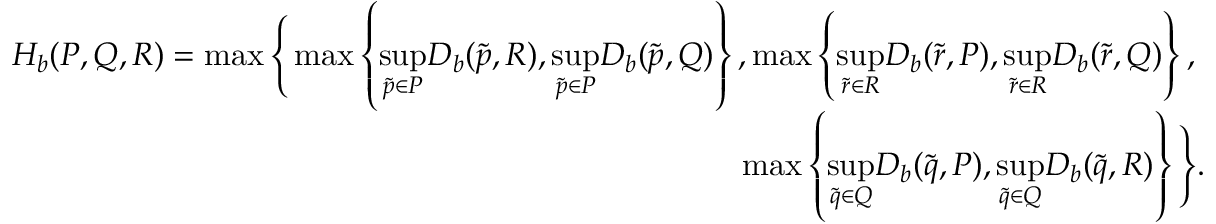
\begin{array} { r } { H _ { b } ( P , Q , R ) = \operatorname* { m a x } \Bigg \{ \operatorname* { m a x } \left\{ \underset { \Tilde { p } \in P } { \operatorname* { s u p } } D _ { b } ( \Tilde { p } , R ) , \underset { \Tilde { p } \in P } { \operatorname* { s u p } } D _ { b } ( \Tilde { p } , Q ) \right\} , \operatorname* { m a x } \left\{ \underset { \Tilde { r } \in R } { \operatorname* { s u p } } D _ { b } ( \Tilde { r } , P ) , \underset { \Tilde { r } \in R } { \operatorname* { s u p } } D _ { b } ( \Tilde { r } , Q ) \right\} , \ } \\ { \operatorname* { m a x } \left\{ \underset { \Tilde { q } \in Q } { \operatorname* { s u p } } D _ { b } ( \Tilde { q } , P ) , \underset { \Tilde { q } \in Q } { \operatorname* { s u p } } D _ { b } ( \Tilde { q } , R ) \right\} \Bigg \} . } \end{array}